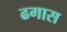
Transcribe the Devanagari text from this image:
ढगास